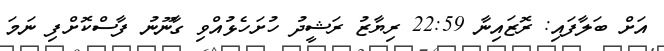
އަށް ބަލާފައި: ރޮޒައިނާ 22:59 ރިޔާޒު ރަޝީދު ހުށަހެޅުއްވި ގާނޫނު ފާސްކޮށްފި ނަމަ